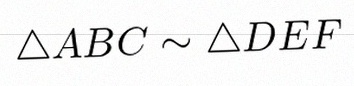
\triangle ABC\sim\triangle DEF